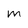
Character: m